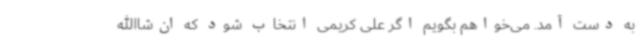
به دست آمد. می‌خواهم بگویم اگر علی کریمی انتخاب شود که ان‌شاالله